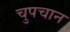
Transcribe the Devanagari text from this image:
चुपचान